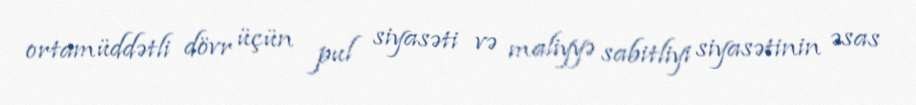
ortamüddətli dövr üçün pul siyasəti və maliyyə sabitliyi siyasətinin əsas